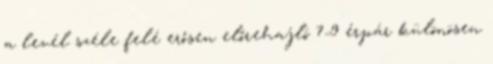
a levél széle felé erősen előrehajló 7-9 érpár különösen